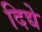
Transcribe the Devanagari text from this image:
दिद्ये